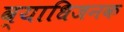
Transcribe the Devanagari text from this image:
व्‍याधिजनक